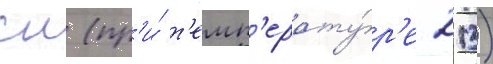
см (пр'и́ т'емп'ерату́р'е 213)